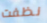
نظفت